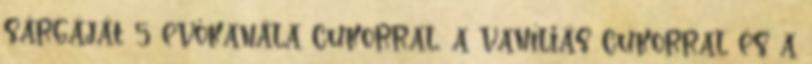
sárgáját 5 evőkanála cukorral, a vaníliás cukorral és a